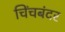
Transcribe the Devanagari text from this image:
चिंचबंदर